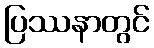
ပြဿနာတွင်